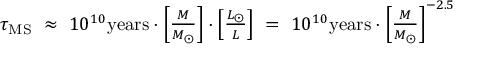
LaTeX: \begin{array} { l } { \tau _ { \mathrm { { M S } } } \ \approx \ 1 0 ^ { 1 0 } { \mathrm { y e a r s } } \cdot \left[ { \frac { M } { M _ { \bigodot } } } \right] \cdot \left[ { \frac { L _ { \bigodot } } { L } } \right] \ = \ 1 0 ^ { 1 0 } { \mathrm { y e a r s } } \cdot \left[ { \frac { M } { M _ { \bigodot } } } \right] ^ { - 2 . 5 } } \end{array}